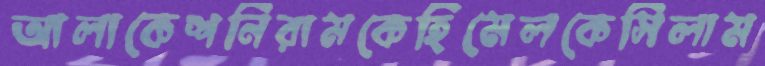
আলাকেশনিরামকেহিমেলকেসিলাম